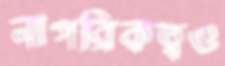
নাগরিকত্বও